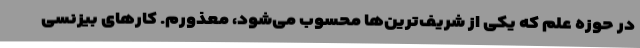
در حوزه علم که یکی از شریف‌ترین‌ها محسوب می‌شود، معذورم. کارهای بیزنسی